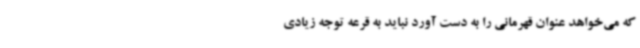
که می‌خواهد عنوان قهرمانی را به دست آورد نباید به قرعه توجه زیادی